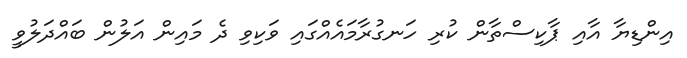
އިންޑިޔާ އާއި ޕާކިސްތާން ކުރި ހަނގުރާމައެއްގައި ވަކިވި ދެ މައިން އަލުން ބައްދަލުވީ